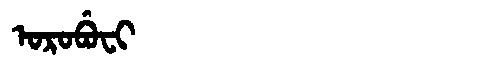
Manchu: ᠣᡵᠣᠪᡠᠸᡳ
Romanization: OROBUFI